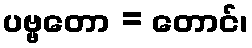
ပဗ္ဗတော = တောင်၊